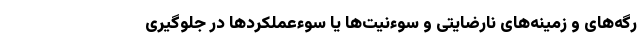
رگه‌های و زمینه‌های نارضایتی و سوءنیت‌ها یا سوءعملکردها در جلوگیری